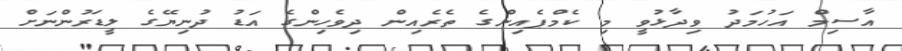
އާސިމް އަހުމަދު ވިދާޅުވީ މި ކެމްޕެއިންގެ ތެރެއިން ދިވެހިންގެ އަޑު ދުނިޔޭގެ ލީޑަރުންނަށް